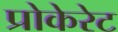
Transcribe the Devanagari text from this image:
प्रोकेरेट